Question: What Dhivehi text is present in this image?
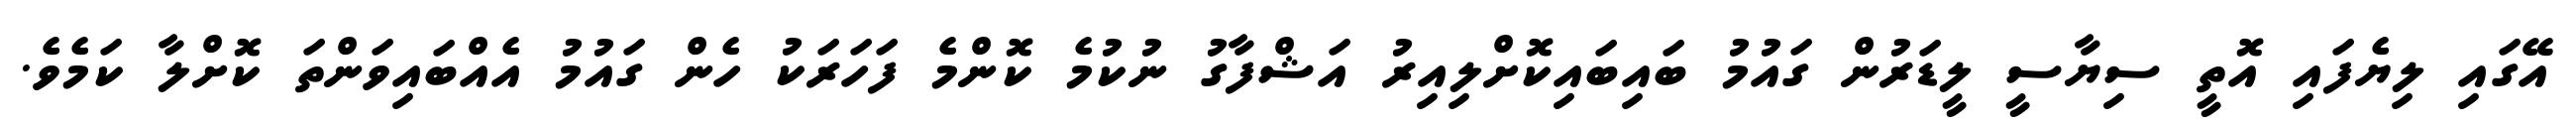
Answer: އޭގައި ލިޔެފައި އޮތީ ސިޔާސީ ލީޑަރުން ގައުމު ބައިބައިކޮށްލިއިރު އަޝްފާގު ނުކުމެ ކޮންމެ ފަހަރަކު ހެން ގައުމު އެއްބައިވަންތަ ކޮށްލާ ކަމެވެ.